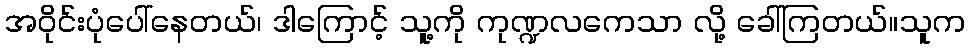
အဝိုင်းပုံပေါ်နေတယ်၊ ဒါကြောင့် သူ့ကို ကုဏ္ဍလကေသာ လို့ ခေါ်ကြတယ်။သူက